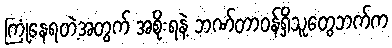
ကြုံနေရတဲ့အတွက် အစိုးရနဲ့ ဘဏ်တာဝန်ရှိသူတွေဘက်က